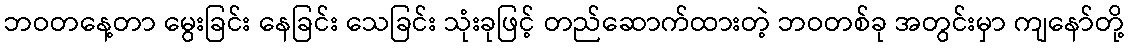
ဘဝတနေ့တာ မွေးခြင်း နေခြင်း သေခြင်း သုံးခုဖြင့် တည်ဆောက်ထားတဲ့ ဘဝတစ်ခု အတွင်းမှာ ကျနော်တို့